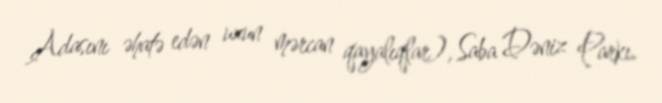
Adasını əhatə edən uzun mərcan qayalıqlar), Saba Dəniz Parkı.